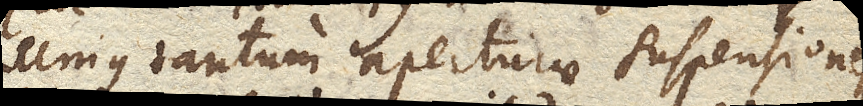
unius tantum aperturae suspensionem